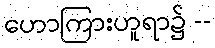
ဟောကြားဟူရာ၌ --